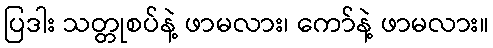
ပြဒါး သတ္တုစပ်နဲ့ ဖာမလား၊ ကော်နဲ့ ဖာမလား။